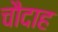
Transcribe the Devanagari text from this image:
चौदाह